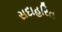
સદાહરિત